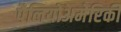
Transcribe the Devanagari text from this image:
पैलियोअमेरिकी